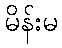
မိန်းမ